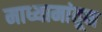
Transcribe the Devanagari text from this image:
माध्यामांतून